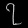
Digit: ၇